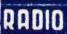
RADIO